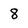
Character: 8